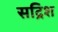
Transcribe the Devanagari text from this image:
सद्रिश